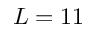
L = 1 1